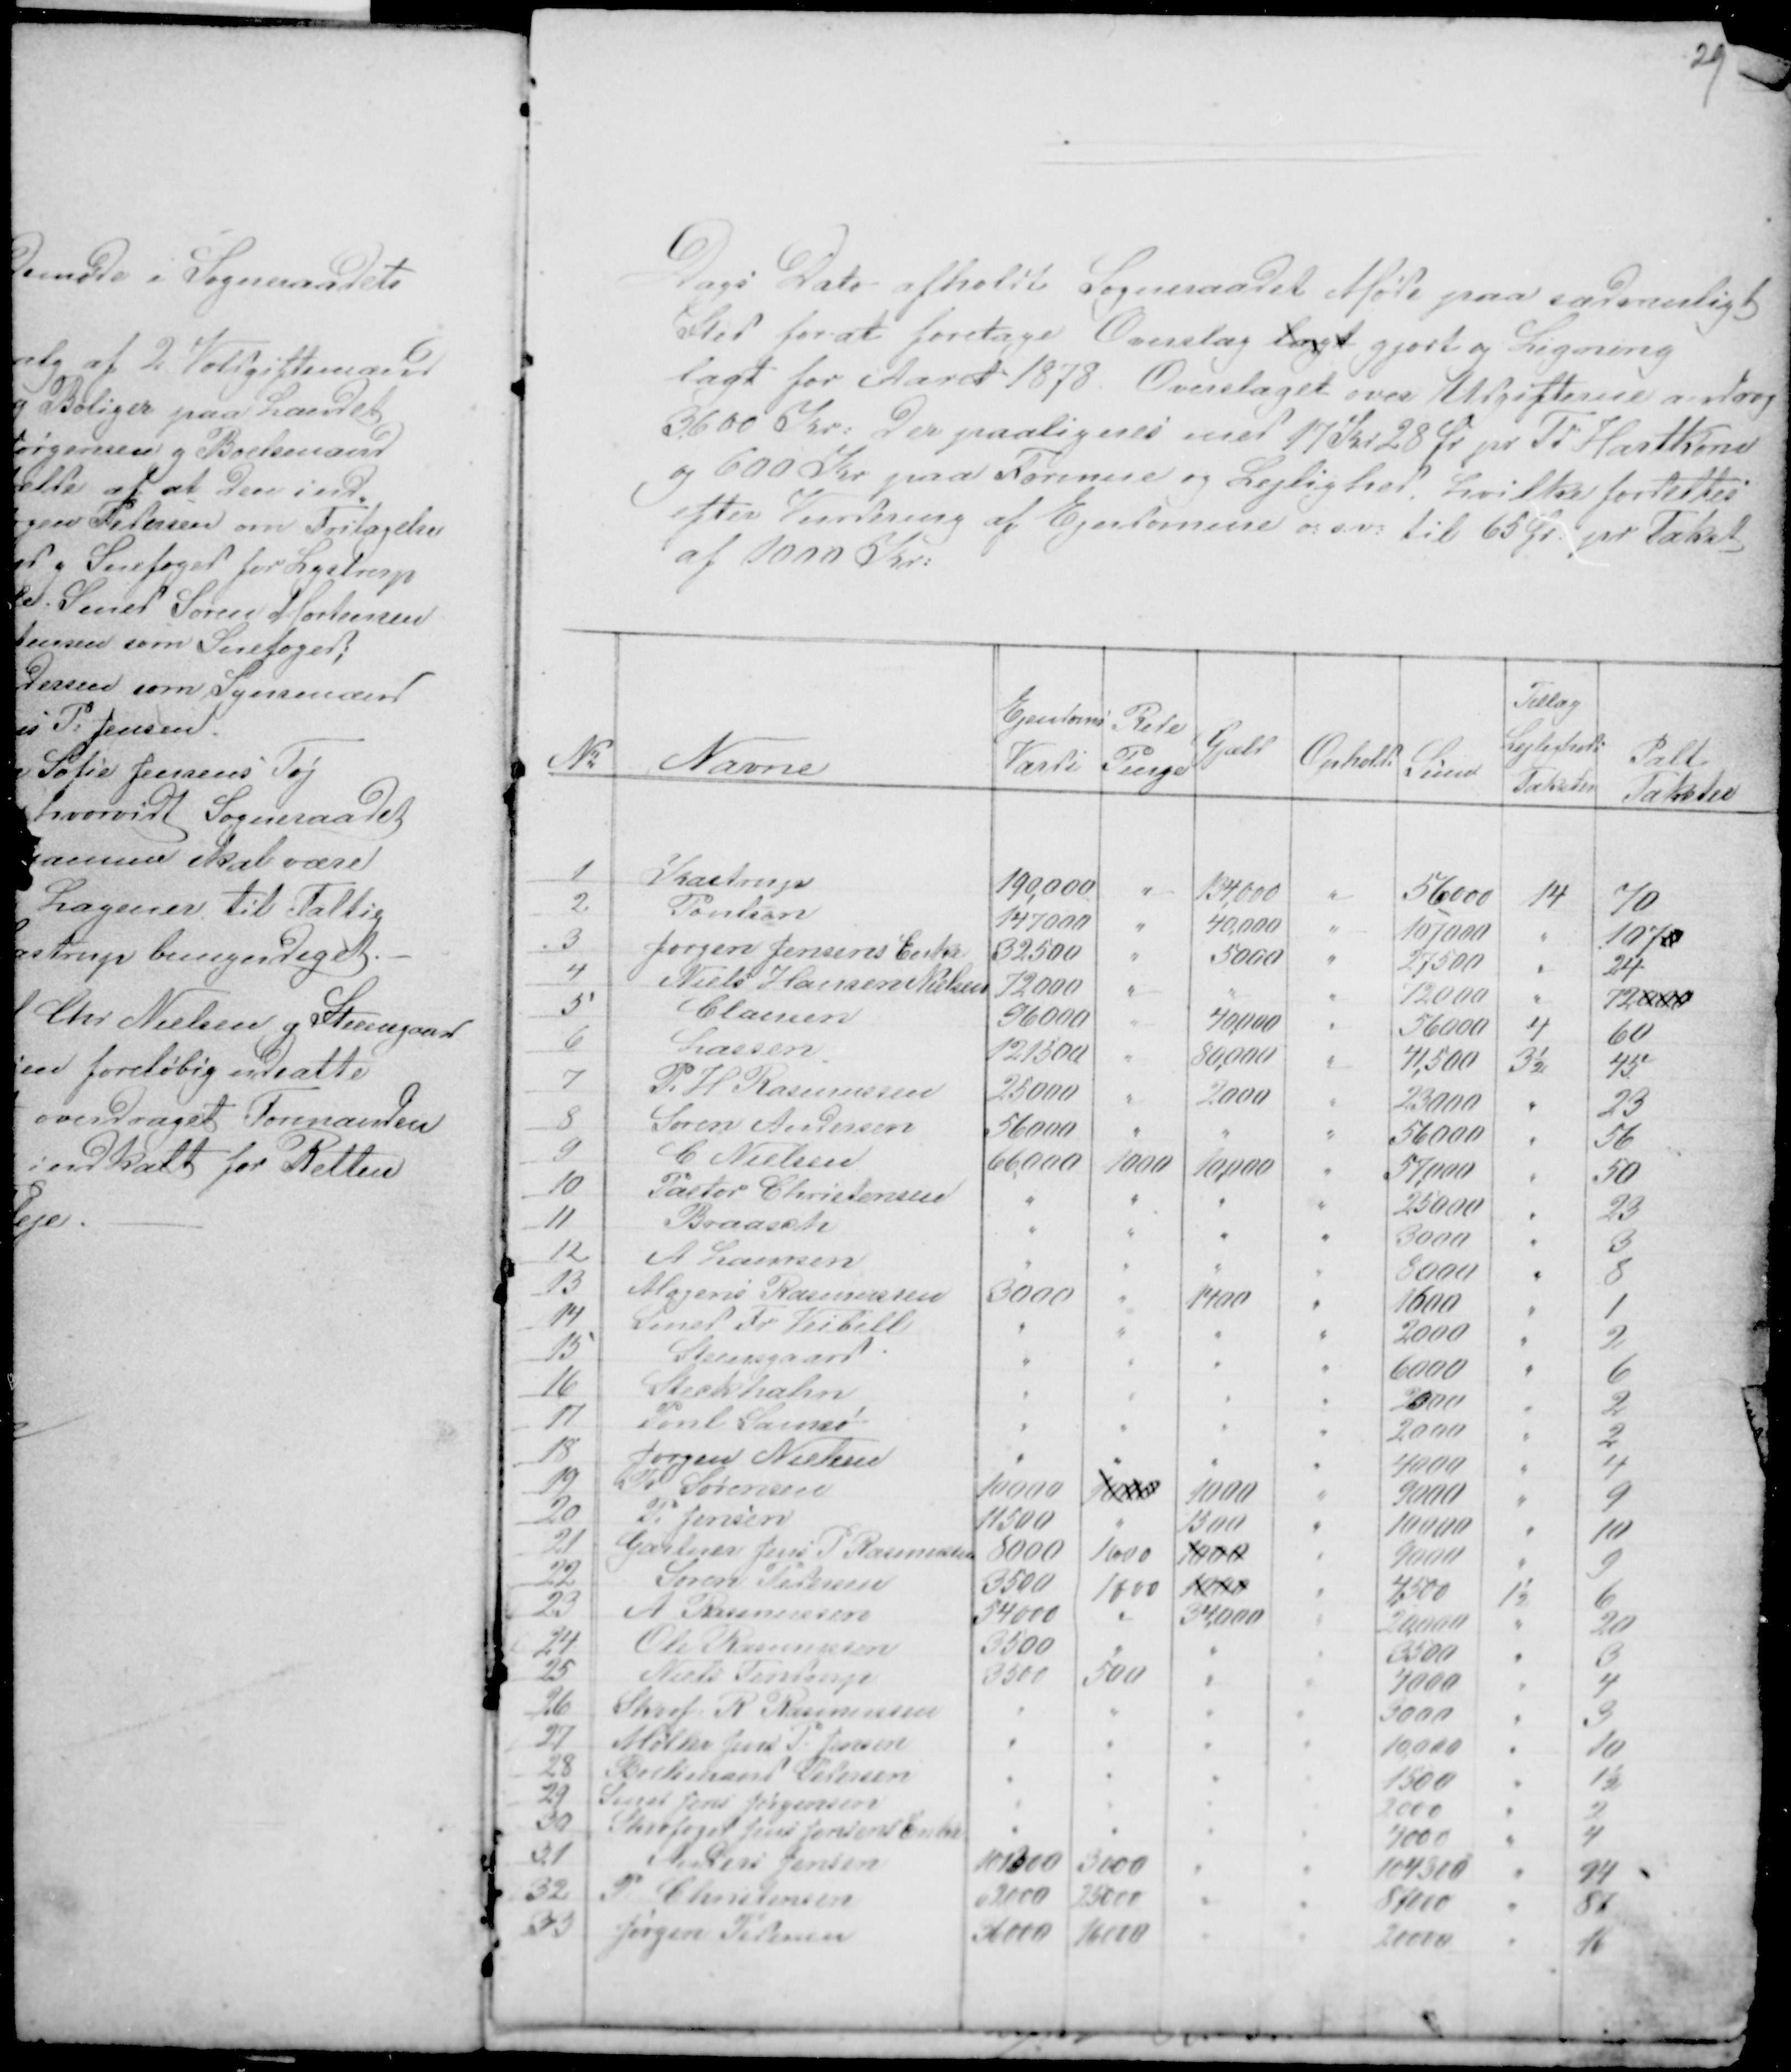
Transskription:
29

Dags Dato afholdt Sogneraadet Møde paa sædvanligt
Sted for at foretage Overslag lagt gjort og Ligning
lagt for Aaret 1878. Overslaget over Udgifterne androg
3.600 Kr: Der paalignes med 17 Kr 28 Ør pr Td Hartkorn
og 6000 Kr paa Formue og Lejlighed, hvilke fordeltes
efter Vurdering af Ejendomme o: s. v: til 65 Ør. pr Takst
af 1000 Kr: